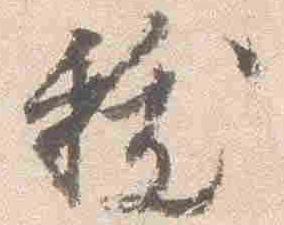
祓